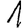
Digit: 1